Civil Veterinary Dept. North-West Frontier Province 1933-46 - 1933-1946
Year: 1933
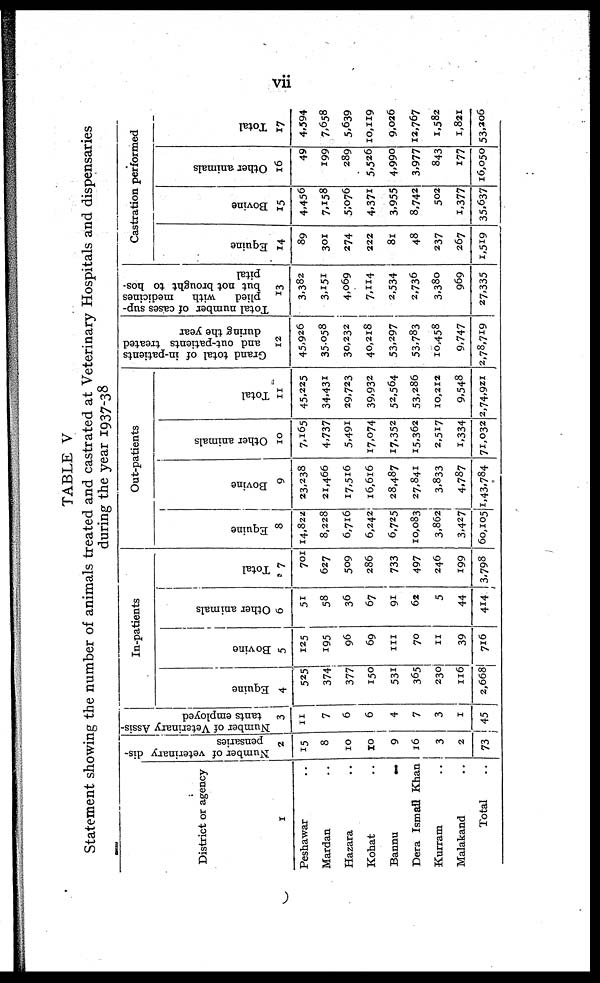
vii
TABLE V
Statement showing the number of animals treated and castrated at Veterinary Hospitals and dispensaries
during the year 1937-38
District or agency
1
Peshawar ..
Mardan ..
Hazara ..
Kohat ..
Bannu
..
Dera Ismail Khan
Kurram ..
Malakand ..
Total ..
Number of veterinary dis-
pensaries
2
15
8
10
10
9
16
3
2
73
Number of Veterinary Assis-
tants employed
3
11
7
6
6
4
7
3
1
45
In-patients
Equine
4
525
374
377
150
531
365
230
116
2,668
Bovine
5
125
195
96
69
111
70
11
39
716
Other animals
6
51
58
36
67
91
62
5
44
414
Total
7
701
627
509
286
733
497
246
199
3,798
Out-patients
Equine
8
14,822
8,228
6,716
6,242
6,725
10,083
3,862
3,427
60,105
Bovine
9
23,238
21,466
17,516
16,616
28,487
27,841
3.833
4,787
1,43,784
Other animals
10
7,165
4,737
5,491
17,074
17,352
15,362
2,517
1,334
71,032
Total
11
45.225
34,431
29,723
39,932
52,564
53,286
10,212
9,548
2,74,921
Grand total of in-patients
and out-patients treated
during the year
12
45,926
35,058
30,232
40,218
53,297
53,783
10,458
9.747
2,78,719
Total number of cases sup-
plied
with
medicines
but not brought to hos-
pital
13
3,382
3,151
4.069
7,114
2,534
2,736
3,380
969
27,335
Castration performed
Equine
14
89
301
274
222
81
48
237
267
1,519
Bovine
15
4,456
7,158
5,076
4,371
3,955
8,742
502
1,377
35,637
Other animals
16
49
199
289
5,526
4,990
3,977
843
177
16,050
Total
17
4,594
7,658
5,639
10,119
9,026
12,767
1,582
1,821
53,206